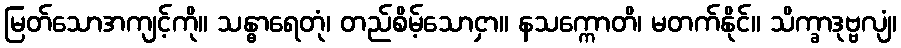
မြတ်သောအကျင့်ကို။ သန္ဓာရေတုံ၊ တည်စိမ့်သောငှာ။ နသက္ကောတိ၊ မတက်နိုင်။ သိက္ခာဒုဗ္ဗလျံ၊